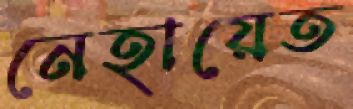
নেহায়েত